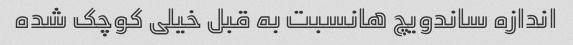
اندازه ساندویچ هانسبت به قبل خیلی کوچک شده